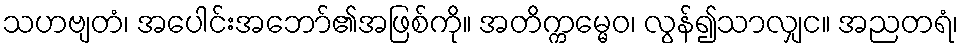
သဟဗျတံ၊ အပေါင်းအဘော်၏အဖြစ်ကို။ အတိက္ကမ္မေဝ၊ လွန်၍သာလျှင။ အညတရံ၊